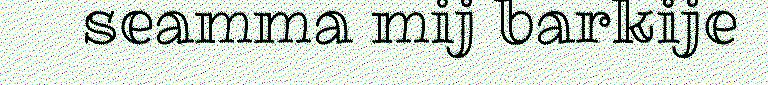
seamma mij barkije